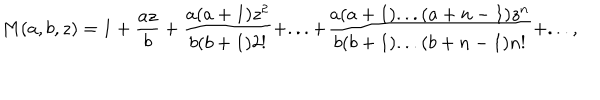
LaTeX: M ( a , b , z ) = 1 + \frac { a z } { b } + \frac { a ( a + 1 ) z ^ { 2 } } { b ( b + 1 ) 2 ! } + . . . + \frac { a ( a + 1 ) . . . ( a + n - 1 ) z ^ { n } } { b ( b + 1 ) . . . ( b + n - 1 ) n ! } + . . . ,